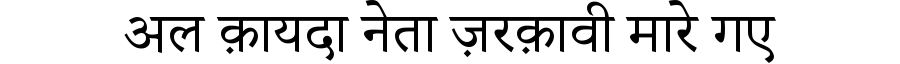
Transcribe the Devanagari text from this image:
अल क़ायदा नेता ज़रक़ावी मारे गए